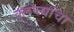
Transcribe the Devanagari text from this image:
क्‍ऌप्त्यांचा